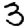
Digit: 3